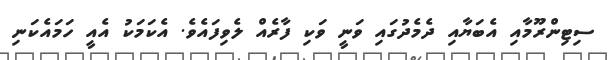
ސިޓިންރޫމާއި އެބަޔާއި ދެމެދުގައި ވަނީ ވަކި ފާރެއް ލެވިފައެވެ. އެކަމަކު އެއީ ހަމައެކަނި